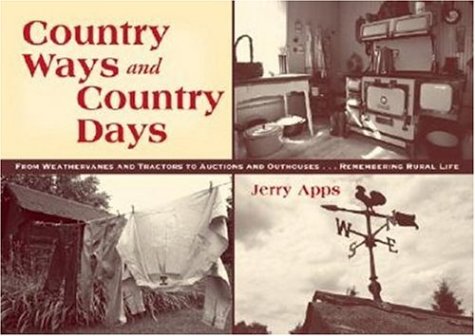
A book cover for Country Ways and Country Days; Jerry Apps; Humor & Entertainment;